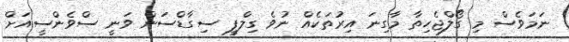
ނަމަވެސް މި ގޯލްޖެހިތާ މާގިނަ އިރުތަކެއް ނުވެ ގިލްފީ ސިގާޑްސަން ވަނީ ސްވެންސީއަށް